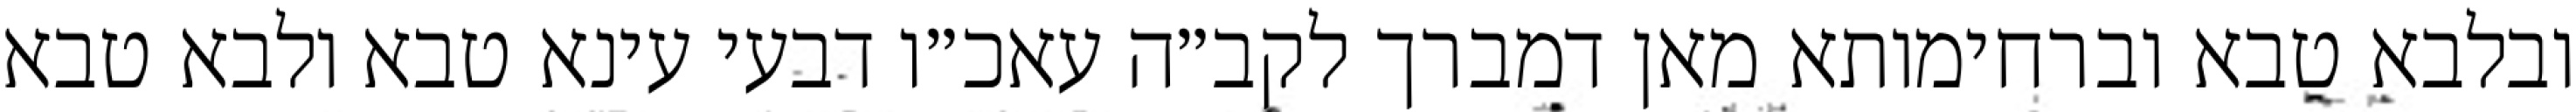
ובלבא טבא וברחימותא מאן דמברך לקב״ה עאכ״ו דבעי עינא טבא ולבא טבא